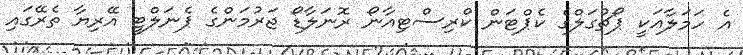
އެ ހަމަލާއަކީ ޕޯޗުގަލްގެ ކެޕްޓަން ކްރިސްޓިއާނޯ ރޮނަލާޑޯ ޖަރުމަންގެ ޕެނަލްޓީ އޭރިޔާ ތެރޭގައި